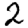
Digit: 2